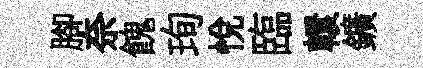
腳奈餽珣悅臨轘鑛